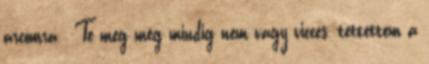
arcomra. -Te meg még mindig nem vagy vicces.-tettettem a